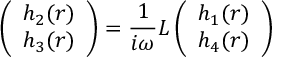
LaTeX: \left( \begin{array} { c } { { h _ { 2 } ( r ) } } \\ { { h _ { 3 } ( r ) } } \end{array} \right) = { \frac { 1 } { i \omega } } L \left( \begin{array} { c } { { h _ { 1 } ( r ) } } \\ { { h _ { 4 } ( r ) } } \end{array} \right)